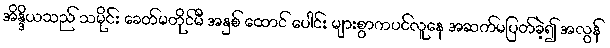
အိန္ဒိယသည် သမိုင်း ခေတ်မတိုင်မီ အနှစ် ထောင် ပေါင်း များစွာကပင်လူနေ အဆက်မပြတ်ခဲ့၍ အလွန်